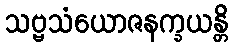
သဗ္ဗသံယောဇနက္ခယန္တိ